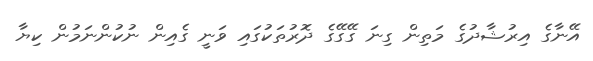
އޭނާގެ އިރުޝާދުގެ މަތިން ގިނަ ގޭގޭގެ ދޮރުތަކުގައި ވަނީ ގެއިން ނުކުންނަމުން ކިޔާ